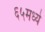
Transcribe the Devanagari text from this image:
६५मध्ये